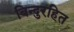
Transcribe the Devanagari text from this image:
बिन्दुरहित